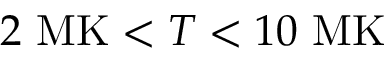
2 ~ \mathrm { M K } < T < 1 0 ~ \mathrm { M K }